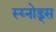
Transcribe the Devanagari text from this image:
स्य्नोड्स